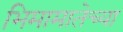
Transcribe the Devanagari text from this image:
भिमामातेच्या